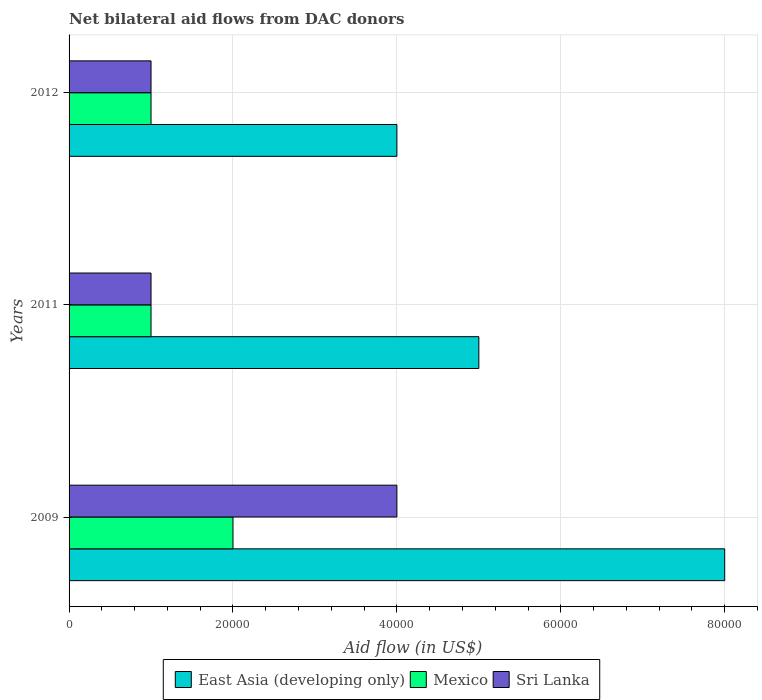
| Years | East Asia (developing only) | Mexico | Sri Lanka |
 | --- | --- | --- | --- |
 | 2009 | 8e+04 | 2e+04 | 4e+04 |
 | 2011 | 5e+04 | 1e+04 | 1e+04 |
 | 2012 | 4e+04 | 1e+04 | 1e+04 |